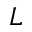
L